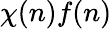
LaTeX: \chi(n)f(n)